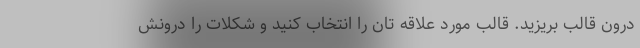
درون قالب بریزید. قالب مورد علاقه تان را انتخاب کنید و شکلات را درونش